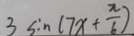
3 \sin ( 7 x + \frac { \pi } { 6 } )